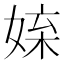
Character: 𡝥